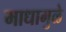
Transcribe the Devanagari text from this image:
माधामुळे